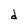
Character: d